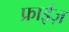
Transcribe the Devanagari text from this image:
फ्राईज़